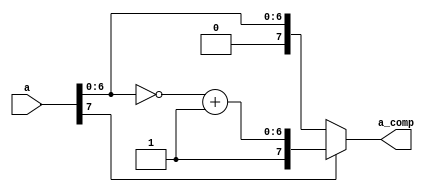
//01/30/21 13:59:36
//Authorxuhao Yang
`timescale 1ns/10ps
module  comp_conv(a,a_comp);
    input[7:0] a;
    output[7:0] a_comp;
    wire[6:0] b;
    wire[7:0] y;
    
    
    assign b=~a[6:0];
    assign y[6:0]=b+1;
    assign y[7]=a[7];   
    assign a_comp = a[7]?y:a;
    

endmodule

module  comp_conv_tb;
    reg[7:0] a_in;
    wire[7:0] a_out;
		comp_conv comp_conv(.a(a_in),.a_comp(a_out));
		initial begin
			a_in<=0;
			#3000 $stop;
		end
		always #10 a_in<=a_in+1;
endmodule